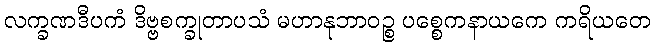
လက္ခဏဒီပကံ ဒိဗ္ဗစက္ခုတာပသံ မဟာနုဘာဝဉ္စ ပစ္စေကနာယကေ ကရိယတေ